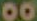
00